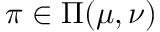
\pi \in \Pi ( \mu , \nu )